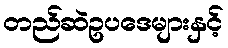
တည်ဆဲဥပဒေများနှင့်